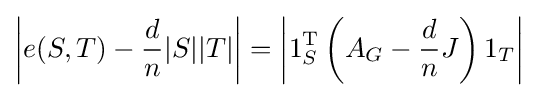
\left|e(S,T)-{\frac {d}{n}}|S||T|\right|=\left|1_{S}^{\operatorname {T} }\left(A_{G}-{\frac {d}{n}}J\right)1_{T}\right|